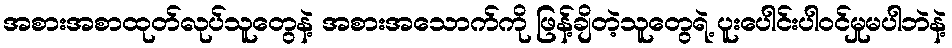
အစားအစာထုတ်လုပ်သူတွေနဲ့ အစားအသောက်ကို ဖြန့်ချိတဲ့သူတွေရဲ့ ပူးပေါင်းပါဝင်မှုမပါဘဲနဲ့